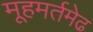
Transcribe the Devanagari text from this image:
मूहमर्तमेढ